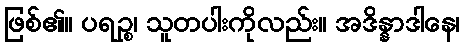
ဖြစ်၏။ ပရဉ္စ၊ သူတပါးကိုလည်း။ အဒိန္နာဒါနေ၊